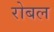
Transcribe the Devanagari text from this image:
रोबल